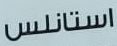
إستانلس